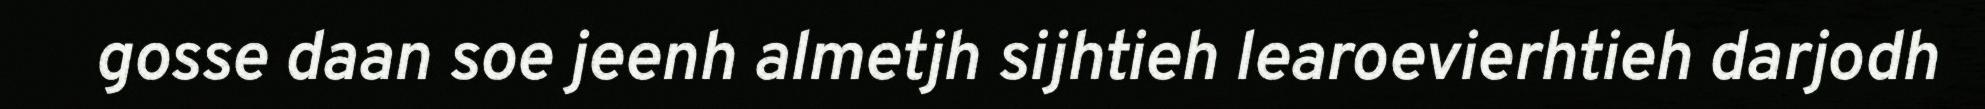
gosse daan soe jeenh almetjh sijhtieh learoevierhtieh darjodh